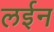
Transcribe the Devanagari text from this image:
लईन